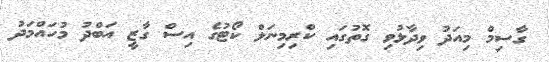
ގާސިމް މިއަދު ވިދާޅުވި ގޮތުގައި ކްރިމިނަލް ކޯޓުގެ އިސް ގާޒީ އަބްދު މުހައްމަދު